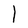
Character: l